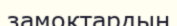
замоктардың